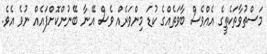
މަސްތުވާތަކެތީގެ އެއްވެސް ބާވަތެއްގެ ކުޑަ މިންވަރެއް ވެސް އޭނާ ބޭނުންކޮށްފައެއް ނުވެ އެވެ.